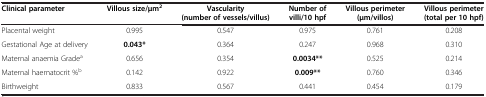
| Clinical parameter | Villous size/μm2 | Vascularity (number of vessels/villus) | Number of villi/10 hpf | Villous perimeter (μm/villos) | Villous perimeter (total per 10 hpf) |
 | --- | --- | --- | --- | --- | --- |
 | Placental weight | 0.995 | 0.547 | 0.975 | 0.761 | 0.208 |
 | Gestational Age at delivery | 0.043* | 0.364 | 0.247 | 0.968 | 0.310 |
 | Maternal anaemia Gradea | 0.656 | 0.354 | 0.0034** | 0.525 | 0.214 |
 | Maternal haematocrit %b | 0.142 | 0.922 | 0.009** | 0.760 | 0.346 |
 | Birthweight | 0.833 | 0.567 | 0.441 | 0.454 | 0.179 |